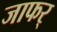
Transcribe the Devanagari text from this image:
जाफर्